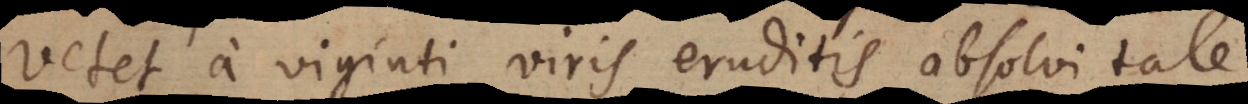
vetet a viginti viris eruditis absolvi tale